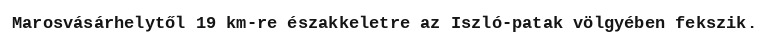
Marosvásárhelytől 19 km-re északkeletre az Iszló-patak völgyében fekszik.